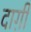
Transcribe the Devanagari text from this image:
दाग़ी